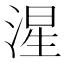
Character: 湦